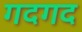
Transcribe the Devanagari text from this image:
गदगद